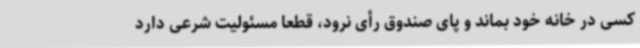
کسی در خانه خود بماند و پای صندوق رأی نرود، قطعا مسئولیت شرعی دارد